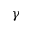
\gamma